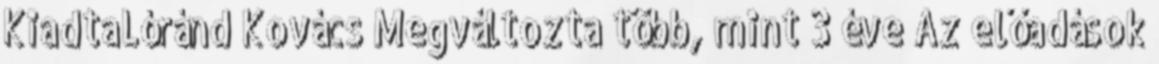
KiadtaLóránd Kovács Megváltozta több, mint 3 éve Az előadások